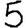
Digit: 5